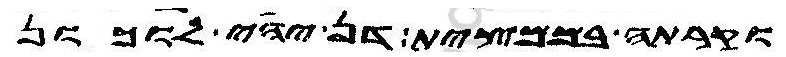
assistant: וקרתה בממצית דן יהי לוכון